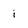
Character: i